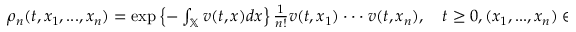
\begin{array} { r } { \rho _ { n } ( t , x _ { 1 } , . . . , x _ { n } ) = \exp \left\{ - \int _ { \mathbb { X } } v ( t , x ) d x \right\} \frac { 1 } { n ! } v ( t , x _ { 1 } ) \cdot \cdot \cdot v ( t , x _ { n } ) , \quad t \geq 0 , ( x _ { 1 } , . . . , x _ { n } ) \in \mathbb { X } ^ { n } . } \end{array}